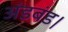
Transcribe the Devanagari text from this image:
अंडबंड।